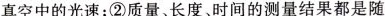
真空中的光速；②质量、长度、时间的测量结果都是随